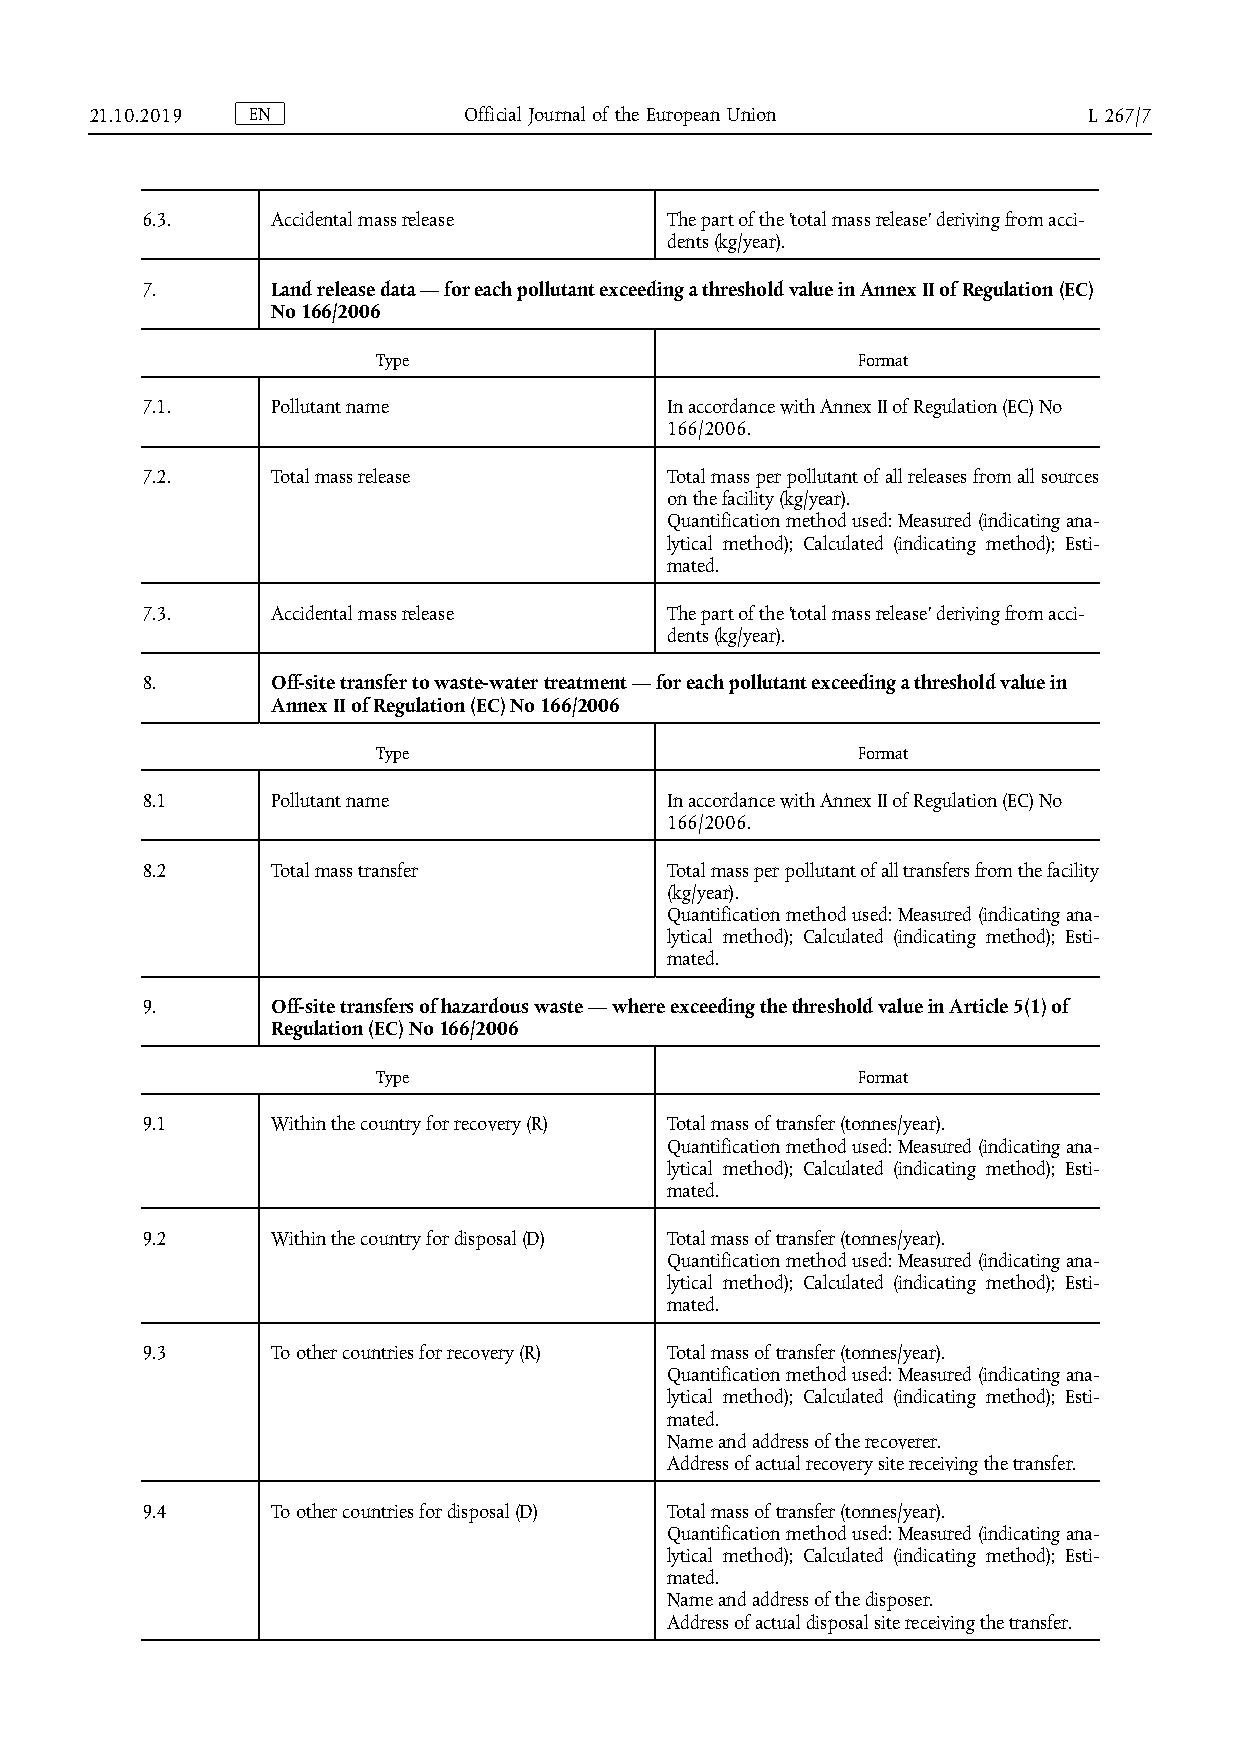
21.10.2019 E N           O f f i c i a l J o u r n a l o f t h e E u r o p e a n Union L 267/7
 6.3.     Accidental mass release   The part of the ‘total mass release’ deriving from acci­
 dents (kg/year).
 7.       Land release data — for each pollutant exceeding a threshold value in Annex II of Regulation (EC)
 No 166/2006
 Type                            Format
 7.1.     Pollutant name            In accordance with Annex II of Regulation (EC) No
 166/2006.
 7.2.     Total mass release        Total mass per pollutant of all releases from all sources
 on the facility (kg/year).
 Quantification method used: Measured (indicating ana­
 lytical method); Calculated (indicating method); Esti­
 mated.
 7.3.     Accidental mass release   The part of the ‘total mass release’ deriving from acci­
 dents (kg/year).
 8.       Off-site transfer to waste-water treatment — for each pollutant exceeding a threshold value in
 Annex II of Regulation (EC) No 166/2006
 Type                            Format
 8.1      Pollutant name            In accordance with Annex II of Regulation (EC) No
 166/2006.
 8.2      Total mass transfer       Total mass per pollutant of all transfers from the facility
 (kg/year).
 Quantification method used: Measured (indicating ana­
 lytical method); Calculated (indicating method); Esti­
 mated.
 9.       Off-site transfers of hazardous waste — where exceeding the threshold value in Article 5(1) of
 Regulation (EC) No 166/2006
 Type                            Format
 9.1      Within the country for recovery (R) Total mass of transfer (tonnes/year).
 Quantification method used: Measured (indicating ana­
 lytical method); Calculated (indicating method); Esti­
 mated.
 9.2      Within the country for disposal (D) Total mass of transfer (tonnes/year).
 Quantification method used: Measured (indicating ana­
 lytical method); Calculated (indicating method); Esti­
 mated.
 9.3      To other countries for recovery (R) Total mass of transfer (tonnes/year).
 Quantification method used: Measured (indicating ana­
 lytical method); Calculated (indicating method); Esti­
 mated.
 Name and address of the recoverer.
 Address of actual recovery site receiving the transfer.
 9.4      To other countries for disposal (D) Total mass of transfer (tonnes/year).
 Quantification method used: Measured (indicating ana­
 lytical method); Calculated (indicating method); Esti­
 mated.
 Name and address of the disposer.
 Address of actual disposal site receiving the transfer.